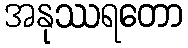
အနုဿရတော